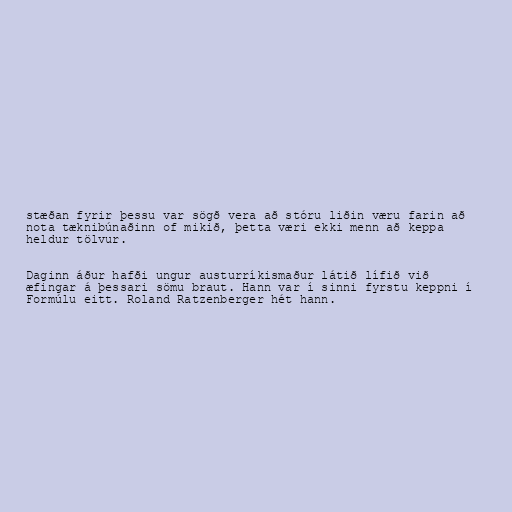
stæðan fyrir þessu var sögð vera að stóru liðin væru farin að
nota tæknibúnaðinn of mikið, þetta væri ekki menn að keppa
heldur tölvur.

Daginn áður hafði ungur austurríkismaður látið lífið við
æfingar á þessari sömu braut. Hann var í sinni fyrstu keppni í
Formúlu eitt. Roland Ratzenberger hét hann.